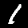
Digit: 1